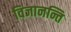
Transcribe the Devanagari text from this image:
विजानन्ति